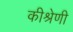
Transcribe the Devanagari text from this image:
कीश्रेणी